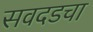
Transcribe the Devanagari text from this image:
सवदडचा